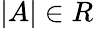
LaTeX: |A|\in R